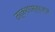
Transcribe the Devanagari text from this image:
तर्कशास्त्रज्ञ